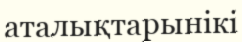
аталықтарынікі